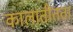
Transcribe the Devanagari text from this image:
कालातीतता